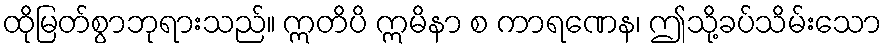
ထိုမြတ်စွာဘုရားသည်။ ဣတိပိ ဣမိနာ စ ကာရဏေန၊ ဤသို့ခပ်သိမ်းသော